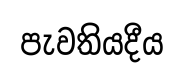
පැවතියදීය